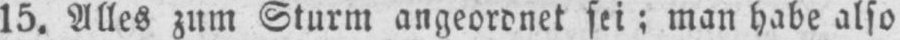
15. Alles zum Sturm angeordnet sei; man habe also